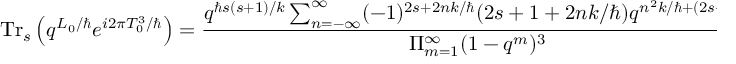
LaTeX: \mathrm { T r } _ { s } \left( q ^ { L _ { 0 } / \hbar } e ^ { i 2 \pi T _ { 0 } ^ { 3 } / \hbar } \right) = \frac { q ^ { \hbar s ( s + 1 ) / k } \sum _ { n = - \infty } ^ { \infty } ( - 1 ) ^ { 2 s + 2 n k / \hbar } ( 2 s + 1 + 2 n k / \hbar ) q ^ { { n ^ { 2 } k / \hbar } + ( 2 s + 1 ) n } } { \Pi _ { m = 1 } ^ { \infty } ( 1 - q ^ { m } ) ^ { 3 } } .